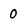
Character: 0